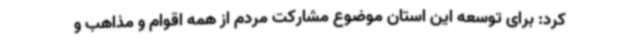
کرد: برای توسعه این استان موضوع مشارکت مردم از همه اقوام و مذاهب و